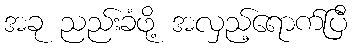
အခု ညည်းခံဖို့ အလှည့်ရောက်ပြီ